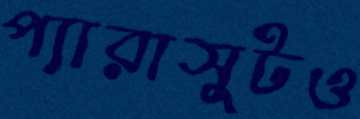
প্যারাসুটও